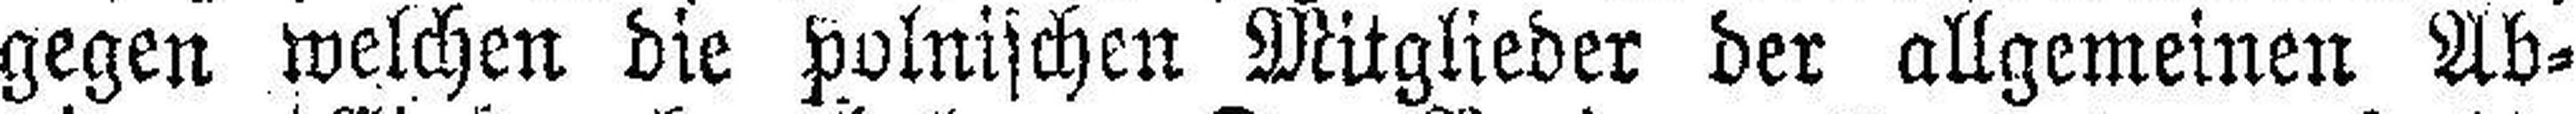
gegen welchen die polnischen Mitglieder der allgemeinen Ab¬